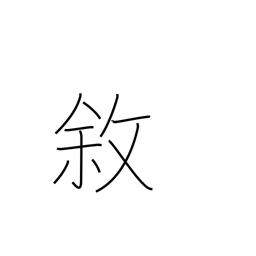
Meaning: state